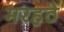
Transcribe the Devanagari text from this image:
मरहठे